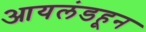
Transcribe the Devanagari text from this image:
आयलंडहून